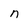
Character: n